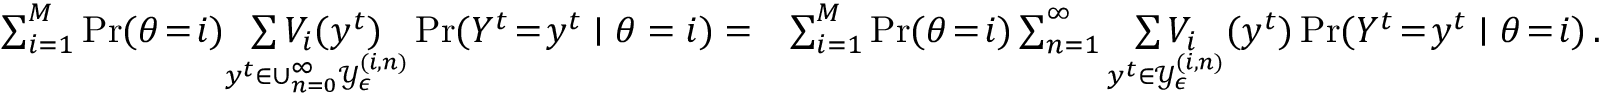
\begin{array} { r l } { \sum _ { i = 1 } ^ { M } \operatorname* { P r } ( \theta \! = \! i ) \underset { y ^ { t } \in \cup _ { n = 0 } ^ { \infty } \mathcal { Y } _ { \epsilon } ^ { ( i , n ) } } { \sum V _ { i } ( y ^ { t } ) } \operatorname* { P r } ( Y ^ { t } \! = \! y ^ { t } \mid \theta = i ) = } & { \sum _ { i = 1 } ^ { M } \operatorname* { P r } ( \theta \! = \! i ) \sum _ { n = 1 } ^ { \infty } \underset { y ^ { t } \in \mathcal { Y } _ { \epsilon } ^ { ( i , n ) } } { \sum V _ { i } } ( y ^ { t } ) \operatorname* { P r } ( Y ^ { t } \! = \! y ^ { t } \mid \theta \! = \! i ) \, . } \end{array}